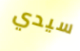
سيدي